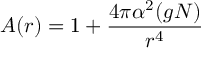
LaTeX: A ( r ) = 1 + { \frac { 4 \pi \alpha ^ { 2 } ( g N ) } { r ^ { 4 } } }